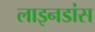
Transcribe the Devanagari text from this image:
लाइनडांस